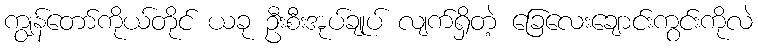
ကျွန်တော်ကိုယ်တိုင် ယခု ဦးစီးအုပ်ချုပ် လျက်ရှိတဲ့ ခြေလေးချောင်းကွင်းကိုလဲ